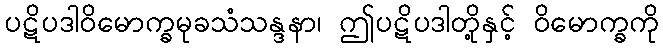
ပဋိပဒါဝိမောက္ခမုခသံသန္ဒနာ၊ ဤပဋိပဒါတို့နှင့် ဝိမောက္ခကို